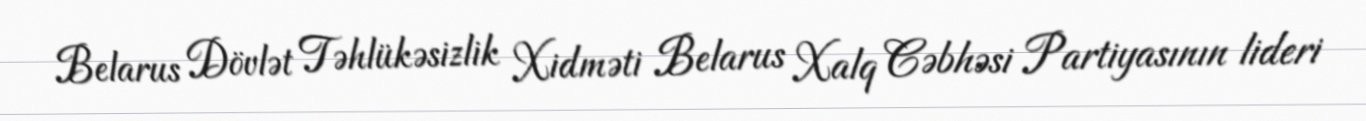
Belarus Dövlət Təhlükəsizlik Xidməti Belarus Xalq Cəbhəsi Partiyasının lideri